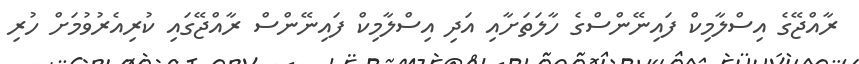
ރާއްޖޭގެ އިސްލާމިކް ފައިނޭންސްގެ ހާލަތަށާއި އަދި އިސްލާމިކް ފައިނޭންސް ރާއްޖޭގައި ކުރިއެރުވުމަށް ހުރި